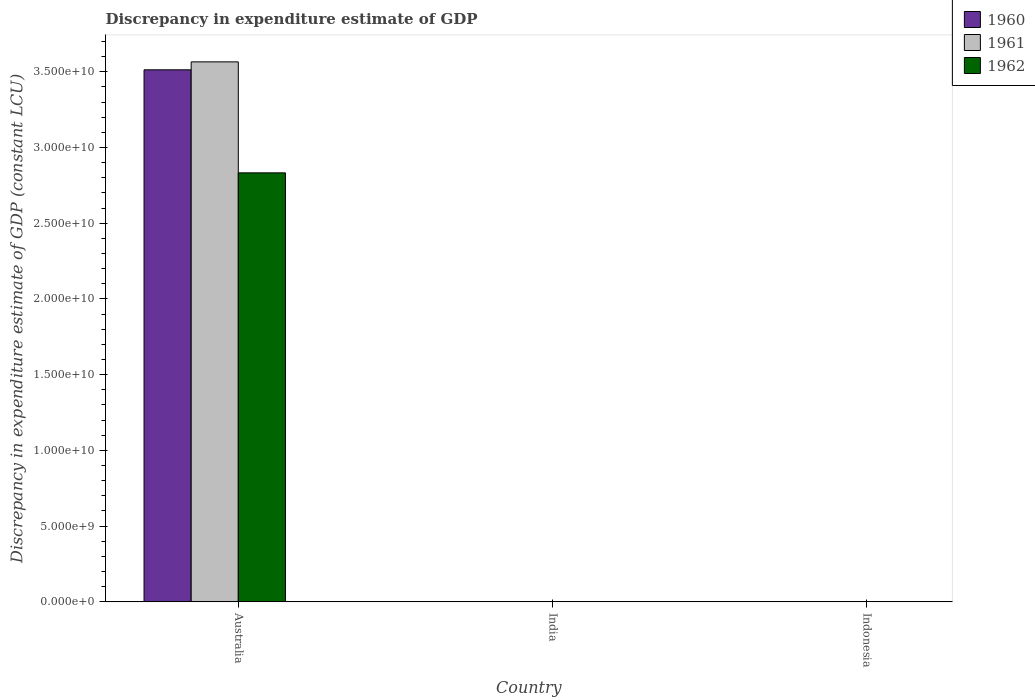
| Country | 1960 | 1961 | 1962 |
 | --- | --- | --- | --- |
 | Australia | 3.51e+10 | 3.56e+10 | 2.83e+10 |
 | India | -4.92e+10 | -5.39e+10 | -7.39e+10 |
 | Indonesia | -2.23e+06 | -2.42e+06 | -1.4e+06 |